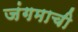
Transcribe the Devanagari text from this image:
जंगमाची